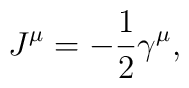
J^{\mu}=-\frac{1}{2}\gamma^{\mu},